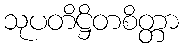
သုပတိဋ္ဌိတစိတ္တာ